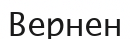
Вернен